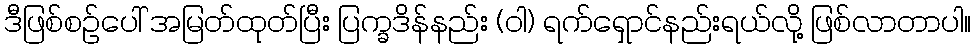
ဒီဖြစ်စဉ်ပေါ် အမြတ်ထုတ်ပြီး ပြက္ခဒိန်နည်း (ဝါ) ရက်ရှောင်နည်းရယ်လို့ ဖြစ်လာတာပါ။